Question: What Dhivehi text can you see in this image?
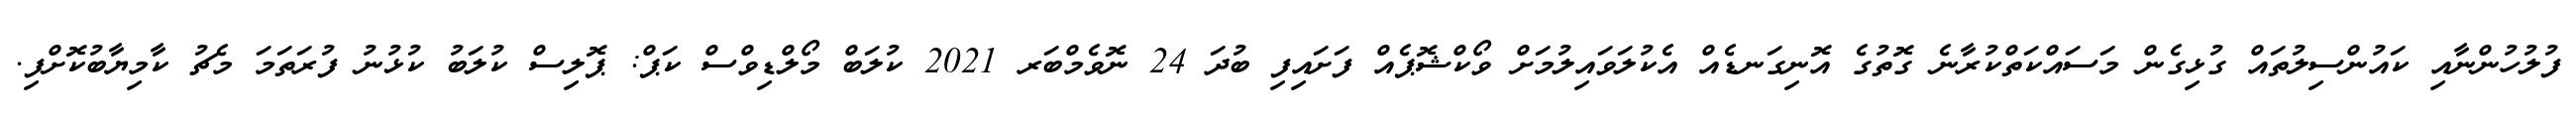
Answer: ފުލުހުންނާއި ކައުންސިލުތައް ގުޅިގެން މަސައްކަތްކުރާނެ ގޮތުގެ އޮނިގަނޑެއް އެކުލަވައިލުމަށް ވޯކްޝޮޕެއް ފަށައިފި ބުދަ 24 ނޮވެމްބަރ 2021 ކުލަބް މޯލްޑިވްސް ކަޕް: ޕޮލިސް ކުލަބު ކުޅުނު ފުރަތަމަ މެޗު ކާމިޔާބުކޮށްފި.